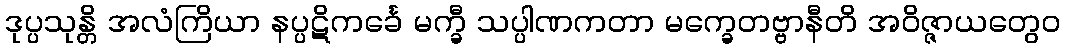
ဒုပ္ပသုန္တိ အလံကြိယာ နပ္ပဋိကင်္ခေ မက္ခီ သပ္ပါဏကတာ မက္ခေတဗ္ဗာနီတိ အဝိဇ္ဇာယတွေဝ